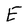
Character: E